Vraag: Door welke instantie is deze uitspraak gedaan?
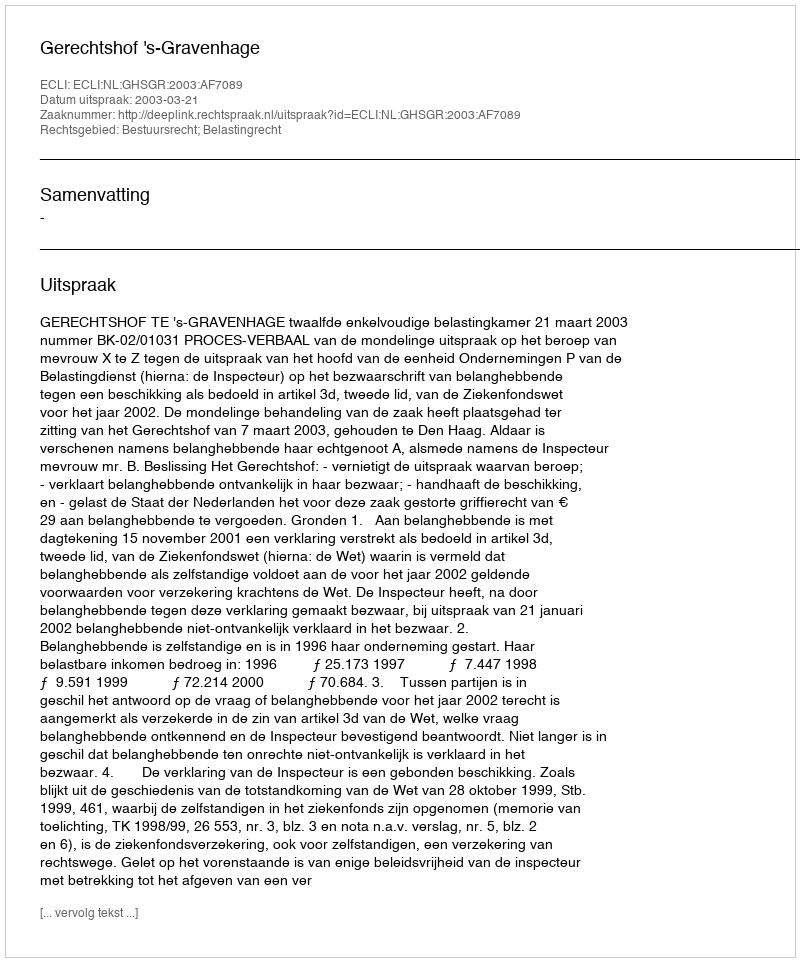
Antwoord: Gerechtshof 's-Gravenhage